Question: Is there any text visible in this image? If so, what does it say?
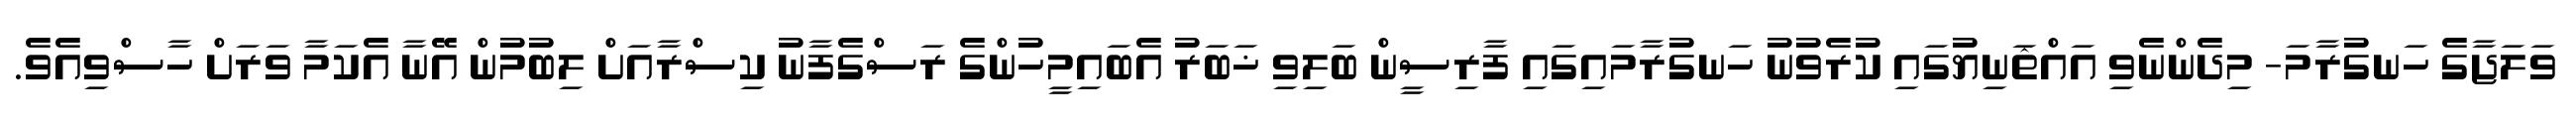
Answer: ވަލަޖާގެ ހަނގުރާމަ- މިދެންނެވި އައްޘަނިޔުގައި ކުރެވުނު ހަނގުރާމައިގައި ފާރިސީން ބަލިވި ޚަބަރު އެބައިމީހުންގެ ރަސްގެފާނު ކިސްރާއަށް ލިބުމުން އޭނާ އެކަމާ ވަރަށް ހާސްވިއެވެ.